Civil Veterinary Department. Madras. Admin. report 1926-33 - 1926-1933
Year: 1926
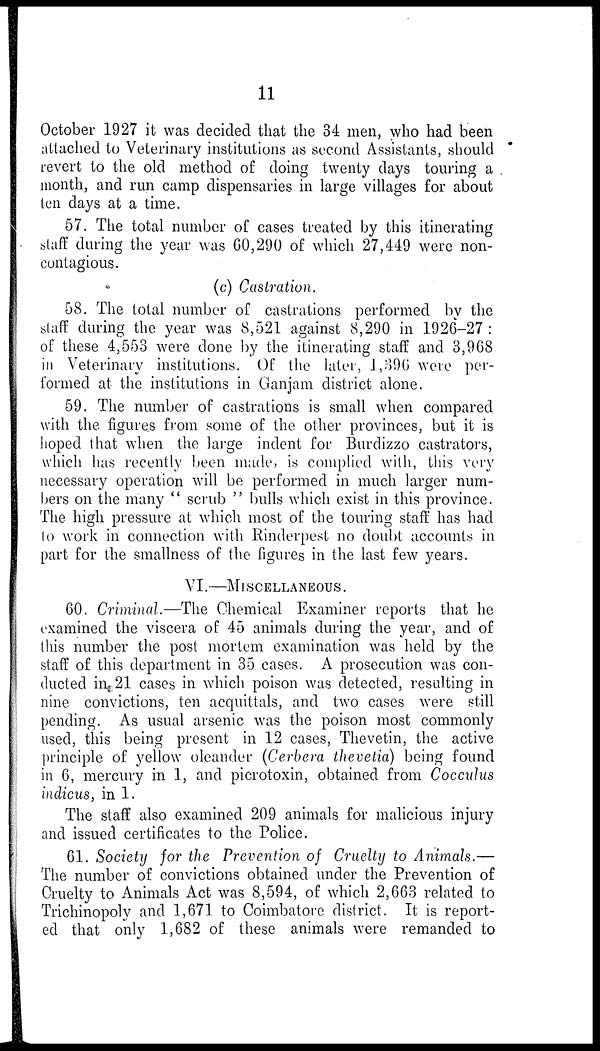
11
October 1927 it was decided that the 34 men, who had been
attached to Veterinary institutions as second Assistants, should
revert to the old method of doing twenty days touring a
month, and run camp dispensaries in large villages for about
ten days at a time.
57. The total number of cases treated by this itinerating
staff during the year was 60,290 of which 27,449 were non-
contagious.
(c) Castration.
58. The total number of castrations performed by the
staff during the year was 8,521 against 8,290 in 1926-27 :
of these 4,553 were done by the itinerating staff and 3,968
in Veterinary institutions. Of the later, 1,396 were per-
formed at the institutions in Ganjam district alone.
59. The number of castrations is small when compared
with the figures from some of the other provinces, but it is
hoped that when the large indent for Burdizzo castrators,
which has recently been made, is complied with, this very
necessary operation will be performed in much larger num-
bers on the many " scrub " bulls which exist in this province.
The high pressure at which most of the touring staff has had
to work in connection with Rinderpest no doubt accounts in
part for the smallness of the figures in the last few years.
VI.—MISCELLANEOUS.
60. Criminal.—The Chemical Examiner reports that he
examined the viscera of 45 animals during the year, and of
this number the post mortem examination was held by the
staff of this department in 35 cases. A prosecution was con-
ducted in 21 cases in which poison was detected, resulting in
nine convictions, ten acquittals, and two cases were still
pending. As usual arsenic was the poison most commonly
used, this being present in 12 cases, Thevetin, the active
principle of yellow oleander (Cerbera thevetia) being found
in 6, mercury in 1, and picrotoxin, obtained from Cocculus
indicus, in 1.
The staff also examined 209 animals for malicious injury
and issued certificates to the Police.
61. Society for the Prevention of Cruelty to Animals.—
The number of convictions obtained under the Prevention of
Cruelty to Animals Act was 8,594, of which 2,663 related to
Trichinopoly and 1,671 to Coimbatore district. It is report-
ed that only 1,682 of these animals were remanded to